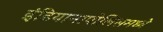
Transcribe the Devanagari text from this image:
इंडियानापोलिसमध्ये